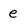
Character: e